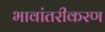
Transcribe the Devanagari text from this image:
भावांतरीकरण